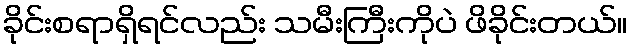
ခိုင်းစရာရှိရင်လည်း သမီးကြီးကိုပဲ ဖိခိုင်းတယ်။